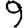
Digit: 9